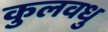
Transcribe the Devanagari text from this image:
कुलवधु